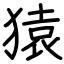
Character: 猿